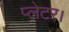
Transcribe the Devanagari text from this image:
प्लेटर।